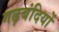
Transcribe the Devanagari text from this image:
गढ़बंदियों